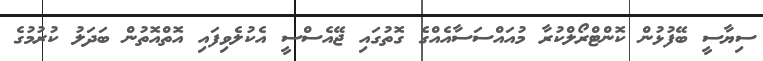
ސިޔާސީ ބޭފުޅުން ކޮންޓްރޯލްކުރާ މުއައްސަސާއެއްގެ ގޮތުގައި ޖޭއެސްސީ އެކުލެވިފައި އޮތްއޮތުން ބަދަލު ކުރުމުގެ